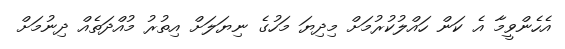
އެހެންވީމާ އެ ކަން ހައްލުކުރުމަށް މިދިޔަ މަހުގެ ނިޔަލަށް އިތުރު މުއްދަތެއް ދިނުމަށް